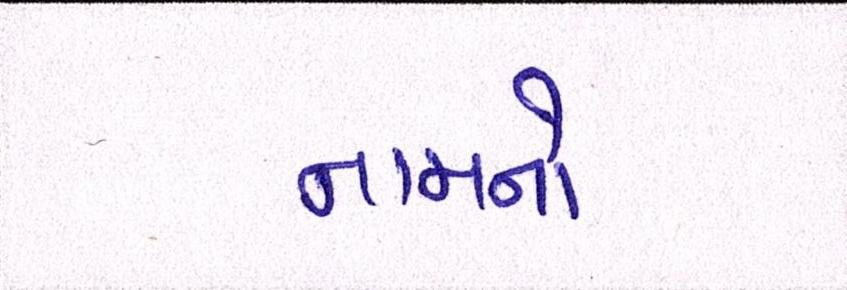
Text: નામનો